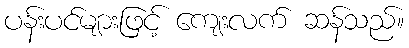
ပန်းပင်များဖြင့် ကျေးလက် ဆန်သည်။